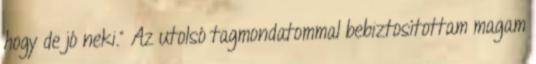
hogy de jó neki." Az utolsó tagmondatommal bebiztosítottam magam